Annual statistical returns and brief notes on vaccination in Bengal - 1887-1898
Year: 1887
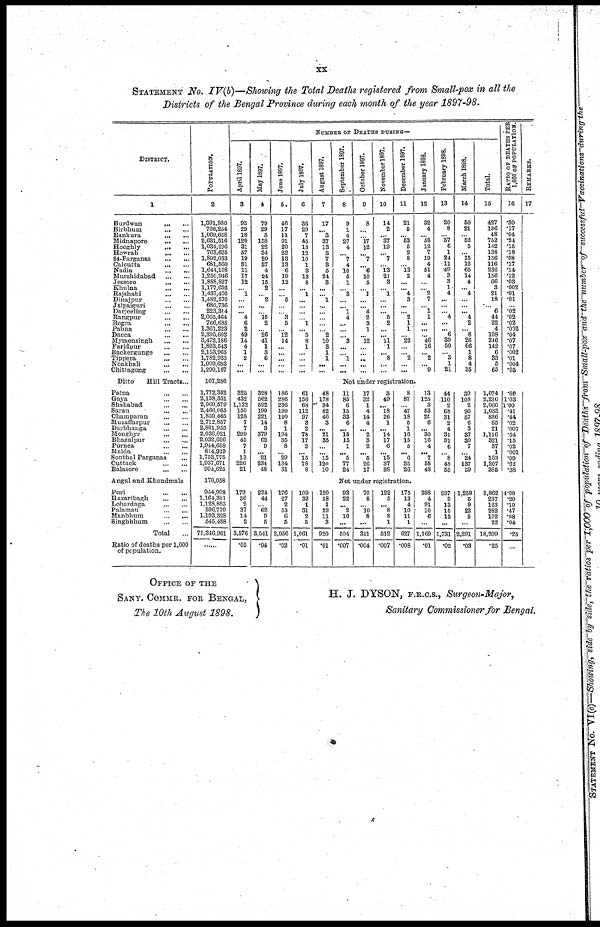
xx
STATEMENT No. IV(b)—Showing the Total Deaths registered from Small-pox in all the
Districts of the Bengal Province during each month of the year 1897-98.
DISTRICT.
1
Burdwan...
...
Birbhum...
...
Bankura...
...
Midnapore...
...
Hooghly...
...
Howrah...
...
24-Parganas... ...
Calcutta...
...
Nadia...
...
Murshidabad...
...
Jessore...
...
Khulna...
...
Rajshahi...
...
Dinajpur...
...
Jalpaiguri...
...
Darjeeling...
...
Rangpur...
...
Bogra...
...
Pabna...
...
Dacca...
...
Mymensingh...
...
Faridpur...
...
Backergunge...
...
Tippera...
...
Noakhali...
...
Chittagong...
...
Ditto
Hill Tracts...
Patna...
...
Gaya...
...
Shababad...
...
Saran...
...
Champaran...
...
Muzaffarpur...
...
Darbhanga...
...
Monghyr...
...
Bhagalpur...
...
Purnea...
...
Malda...
...
Sonthal Parganas... ...
Cuttack...
...
Balasore...
...
Angul and Khondmals...
Puri...
...
Hazaribagh...
...
Lohardaga... ...
Palamau...
...
Manbbum...
...
Singhbhum...
...
Total...
Ratio of deaths per 1,000
of population.
POPULATION
2
1,391,880
708,254
1,069,668
2,631,516
1,034,296
763,625
1,892,033
681,560
1,644,108
1,250,946
1,888,827
1,177,652
1,437,460
1,482,570
680,736
223,314
2,065,464
766,635
1,361,223
2,395,602
3,472,186
1,823,543
2,153,965
1,782,935
1,009,693
1,290,167
107,286
1,772,352
2,138,331
2,060,579
2,466,065
1,859,465
2,712,857
2,801,955
2,036,021
2,032,696
1,944,658
814,919
1,753,775
1,937,671
994,625
170,058
944,998
1,164,321
1,128,885
596,770
1,193,328
545,488
71,346,961
......
NUMBER OF DEATHS DURING—
April 1897.
3
95
29
18
120
31
57
19
31
11
17
12
...
1
...
...
... 4
6
2
49
14
4
1
2
...
...
May 1897.
5
79
29
5
158
22
34
20
37
4
24
15
2
...
2
...
... 15
2
...
26
41
1
3
6
...
...
June 1897.
5
46
17
11
91
20
22
13
13
6
19
12
...
...
5
...
... 3
5
...
12
14
...
...
...
...
...
July 1897.
6
36
20
7
45
13
12
10
1
3
13
8
...
1
...
...
...
...
1
...
5
8
1
...
...
...
...
August 1897.
7
17
...
3
37
13
3
7
3
5
24
3
...
... 1
...
...
...
...
...
2
10
3
1
1
...
...
September 1897.
8
9
1
4
27
4
...
7
4
10
5
1
...
3
... ...
1
4
...
... ...
3
...
...
1
...
...
October 1897.
9
8
...
...
17
12
...
7
...
6
10
5
...
1
...
... 4
2
3
1
...
12
...
... ...
...
...
November 1897.
10
14
2
...
37
19
...
7
...
13
21
3
... 1
...
...
... 5
2
...
...
11
1
...
8
...
...
December 1897.
11
21
5
...
53
5
2
8
...
13 2
...
... 4
3
...
... 2
1
1
... 22
...
...
2
...
...
January 1898.
12
32
4
...
58
12
7
19
4
51
4
...
... 2
7
... 1
1
...
...
...
46
16
...
2
...
9
February 1898.
13
20
8
... 57
6
1
24
11
49
3
3
1
4
...
...
... 4
...
...
6
39
50
...
3
1
21
March 1898.
14
50
21
... 52
5
... 15
12
65
14
4
... 4
...
...
... 4
2
... 8
26
66
1
8
4
35
Total.
15
427
136
48
752
162
138
156
116
236
156
66
3
21
18
...
6
44
22
4
108
246
142
6
33
5
65
RATIO OF DEATHS PER
1,000 OF POPULATION.
16
.30
.17
.04
.24
.15
.18
.08
.17
.14
.12
.03
.002
.01
.01
...
.02
.02
.02
.002
.04
.07
.07
.002
.01
.004
.05
Not under registration.
325
432
1,122
150
128
7
7
299
45
7
1
13
226
21
328
562
592
199
221
14
3
379
62
9
... 21
234
48
186
286
236
190
140
8
1
194
35
8
...
29
134
31
61
156
68
112
97
3
2
78
17
2
...
15
78
8
48
178
34
82
46
3
... 21
35
...
...
15
120
10
11
85
6
15
33
6
... 15
15
1
...
5
77
24
17
32
1
4
14
4
... 2
3
2
...
5
26
17
3
49
...
18
26
1
... 14
17
6
...
15
37
38
8
87
... 47
18
5
1
16
15
5
...
6
35
26
13
125
3
53
20
6
... 30
16
4
...
7
55
48
44
110
2
68
31
2
4
31
31
6
...
8
48
55
30
108
2
95
57
6
3
37
30 7
...
24
137
59
1,074
2,210
2,066
1,033
836
65
21
1,116
321
57
1
163
1,207
385
.60
1.03
1.00
.41
.44
.02
.007
.54
.15
.02
.001
.09
.62
.38
Not under registration.
179
36
2
37
14
2
3,576
.05
224
44
... 62
9
5
3,541
.04
176
27
2
53
6
5
2,056
.02
109
32
1
31
2
5
1,061
.01
120
38
1
22
11
3
920
.01
93
22
...
2
10
...
504
.007
70
8
...
10 8
...
311
.004
122
5
... 8
8
1
512
.007
175
13
4
10
11
1
627
.008
398
4
91
10
6
...
1,169
.01
937
3
13
15
12
...
1,731
.02
1,259
5
9
22
5
...
2,291
.03
3,862
237
123
282
102
22
18,299
.25
4.08
.20
.10
.47
.08
.04
.25
...
REMARKS.
17
OFFICE OF THE
SANY. COMMR. FOR BENGAL,
The 10th August 1898.
H. J. DYSON, F.R.C.S., Surgeon -Major,
Sanitary Commissioner for Bengal.